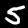
Digit: 5